Indian journal of veterinary science and animal husbandry - Volumes 28-29, 1958-1959
Year: 1958
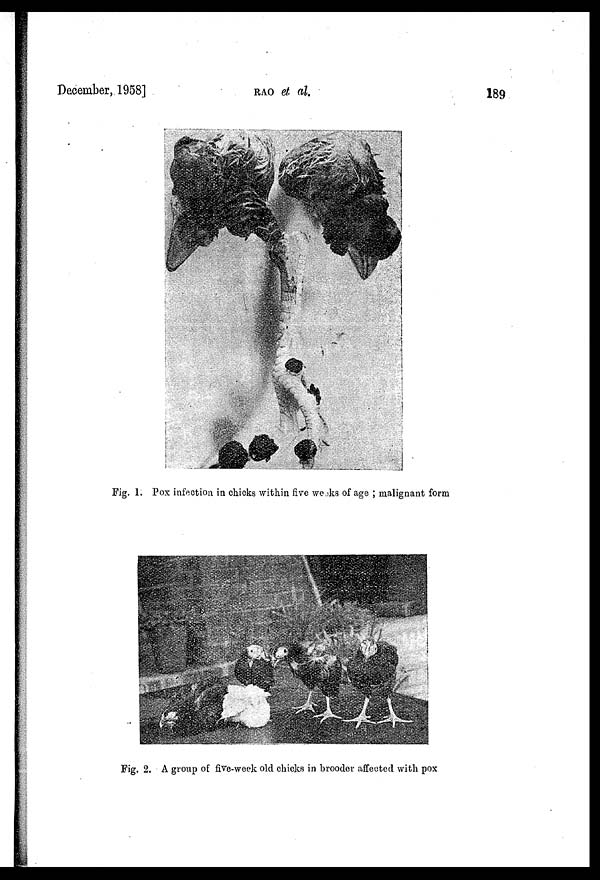
December, 1958]
RAO
et al.
189
Fig. 1. Pox infection in chicks within five weeks of age ; malignant form
Fig. 2. A group of five-week old chicks in brooder affected with pox